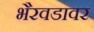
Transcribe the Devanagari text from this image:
भैरवडावर